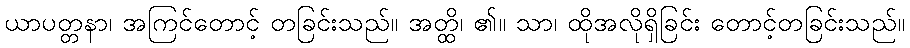
ယာပတ္တနာ၊ အကြင်တောင့် တခြင်းသည်။ အတ္ထိ၊ ၏။ သာ၊ ထိုအလိုရှိခြင်း တောင့်တခြင်းသည်။